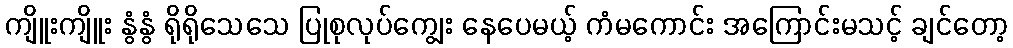
ကျိူးကျိူး နွံနွံ ရိုရိုသေသေ ပြုစုလုပ်ကျွေး နေပေမယ့် ကံမကောင်း အကြောင်းမသင့် ချင်တော့